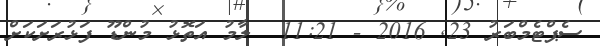
ސެޕްޓެމްބަރު 23